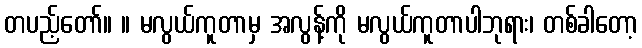
တပည့်တော်။ ။ မလွယ်ကူတာမှ အလွန့်ကို မလွယ်ကူတာပါဘုရား၊ တစ်ခါတော့